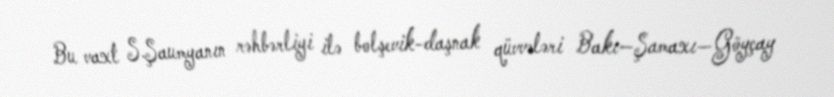
Bu vaxt S.Şaumyanın rəhbərliyi ilə bolşevik-daşnak qüvvələri Bakı—Şamaxı—Göyçay